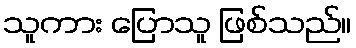
သူကား ပြောသူ ဖြစ်သည်။